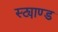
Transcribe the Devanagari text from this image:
स्ट्याण्ड